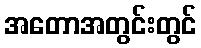
အတောအတွင်းတွင်